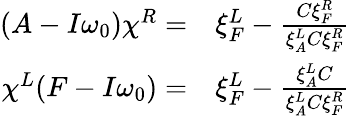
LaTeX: \begin{array}{rl}{(A-I\omega_{0})\chi^{R}=}&{{}\xi_{F}^{L}-\frac{C\xi_{F}^{R}}{\xi_{A}^{L}C\xi_{F}^{R}}}\\ {\chi^{L}(F-I\omega_{0})=}&{{}\xi_{F}^{L}-\frac{\xi_{A}^{L}C}{\xi_{A}^{L}C\xi_{F}^{R}}}\end{array}